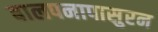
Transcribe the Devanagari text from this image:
बालपनापासुरन